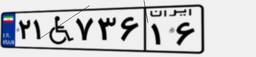
۲۱W۷۳۶۱۶